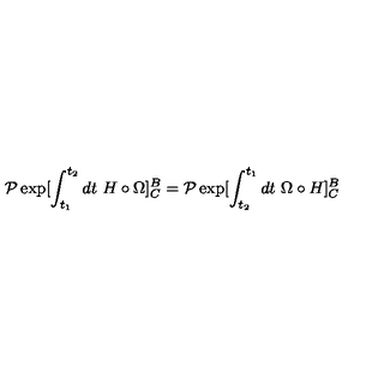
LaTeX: { \cal P } \exp [ \int _ { t _ { 1 } } ^ { t _ { 2 } } d t \ H \circ \Omega ] _ { C } ^ { B } = { \cal P } \exp [ \int _ { t _ { 2 } } ^ { t _ { 1 } } d t \ \Omega \circ H ] _ { C } ^ { B }